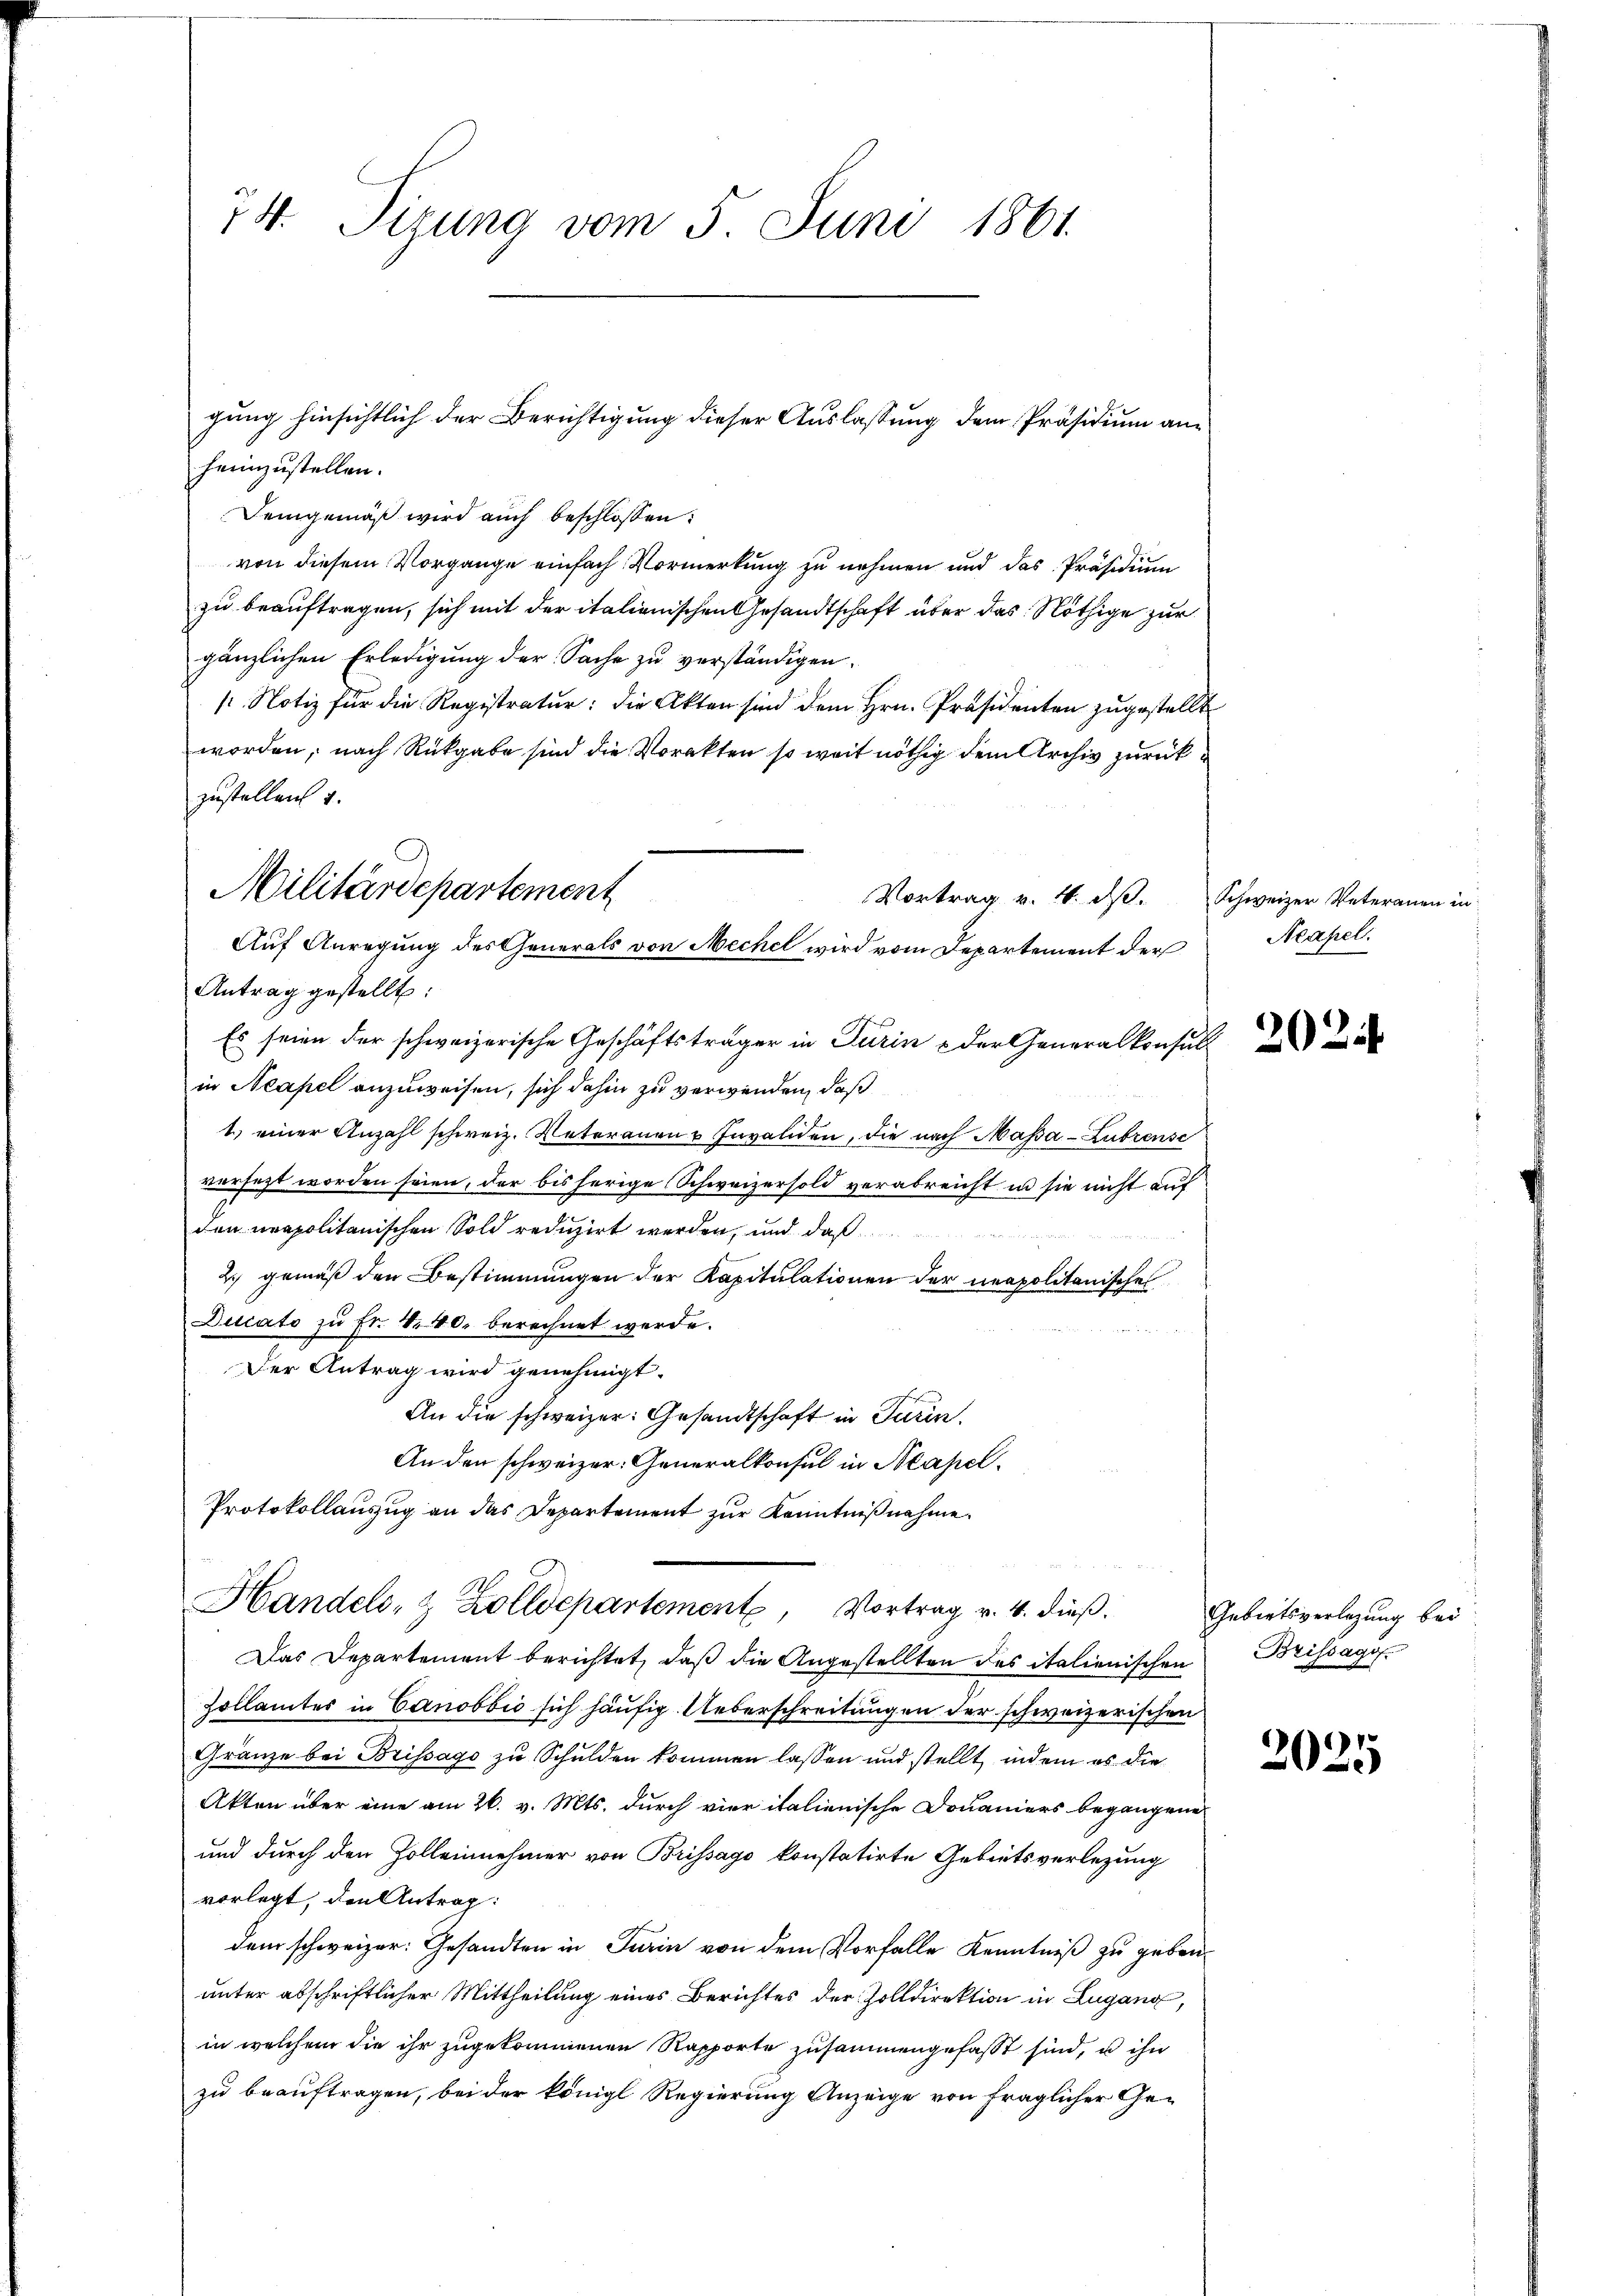
74. Sizung vom 5. Juni 1861

heimzustellen.
Demgemäß wird auch beschlossen:
von diesem Vorgange einfach Vormerkung zu nehmen und das Präsidium
zu beauftragen, sich mit der italienischen Gesandtschaft über das Nöthige zur
gänzlichen Erledigung der Sache zu verständigen.
/ Notiz für die Registratur; die Akten sind dem Hrn. Präsidenten zugestellt
worden, nach Rückgabe sind die Vorakten so weit nöthig dem Archiv zurück
zustellen u.
Vortrag v. 4. ds.
Antrag gestellt:
Es seien der schweizerische Geschäftsträger in Turin & der Generalkonsult
in Neapel anzuweisen, sich dahin zu verwenden, daß
1) einer Anzahl schweiz. Vaterauen & Invaliden, die nach Massa-Lubrensc
versetzt worden seien, der bisherige Schweizersold verabreicht in sie nicht auf
den neapolitanischen Sold reduzirt werden, und daß
2) gemäß den Bestimmungen der Kapitulationen der neapolitanisches
Dicato zu Fr. 4. 40. berechnet werde.
Der Antrag wird genehmigt.
An die schweizer: Gesandtschaft in Turin
An den schweizer. Generalkonsul in Neapel¬
Protokollauszug an das Departement zur Kenntnißnahme.
Handels- & Zolldepartement, Vortrag v. 4. dieß.
Das Departement berichtet, daß die Angestellten des italienischen Brissage
Zollamtes in Canobbić sich häufig. Ueberschreitungen der schweizerischen
Gränze bei Brissago zu Schulden kommen lassen und stellt, indem es die
Akten über eine am 26. v. Mts. durch vier italienische Douaniers begangene
und durch den Zolleinehmer von Brissago konstatirte Gebietsverlegung
vorlegt, den Antrag:
dem schweizer: Gesandten in Turin von dem Vorfalle Kenntniß zu geben.
unter abschriftlicher Mittheilung eines Berichtes der Zolldirektion in Lugang,
in welchem die ihr zugekommenen Rapporte zusammengefasst sind, u ihn
zu beauftragen, bei der königl Regierung Anzeige von fraglicher Ge¬

gung hinsichtlich der Berichtigung dieser Auslassung dem Präsidium an¬

Militärdepartement
Auf Anregung des Generals von Mechel wird vom Departement der

Schweizer Veterauen in
Neapel.

20 Zif

Gebietsverlegung bei

3025